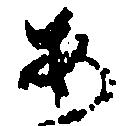
安